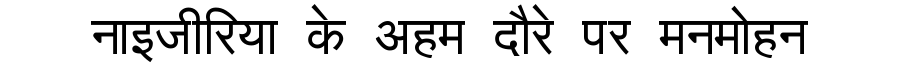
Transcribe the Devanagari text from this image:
नाइजीरिया के अहम दौरे पर मनमोहन